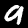
Label: 9